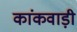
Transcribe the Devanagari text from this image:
कांकवाड़ी